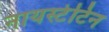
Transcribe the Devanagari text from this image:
नायस्टेटिन